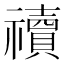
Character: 䄣